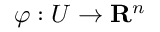
\varphi : U \to \mathbf { R } ^ { n }